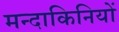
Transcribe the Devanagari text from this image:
मन्दाकिनियों